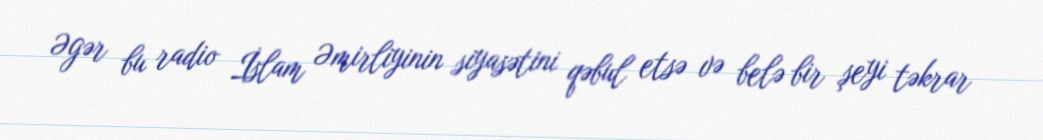
Əgər bu radio İslam Əmirliyinin siyasətini qəbul etsə və belə bir şeyi təkrar